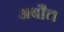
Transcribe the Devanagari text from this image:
अबौत्त